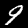
Digit: 9